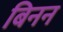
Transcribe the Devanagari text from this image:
बिनन